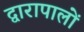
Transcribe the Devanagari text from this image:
द्वारापालों